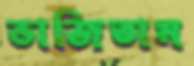
ভাজিতাম